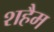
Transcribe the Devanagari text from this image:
शहैम